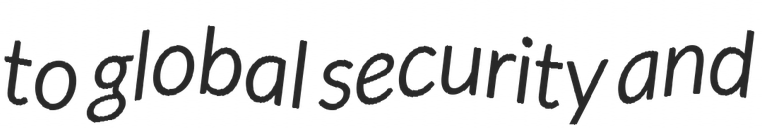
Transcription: to global security and